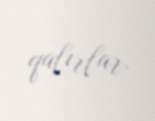
qalırlar.